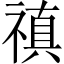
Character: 禛